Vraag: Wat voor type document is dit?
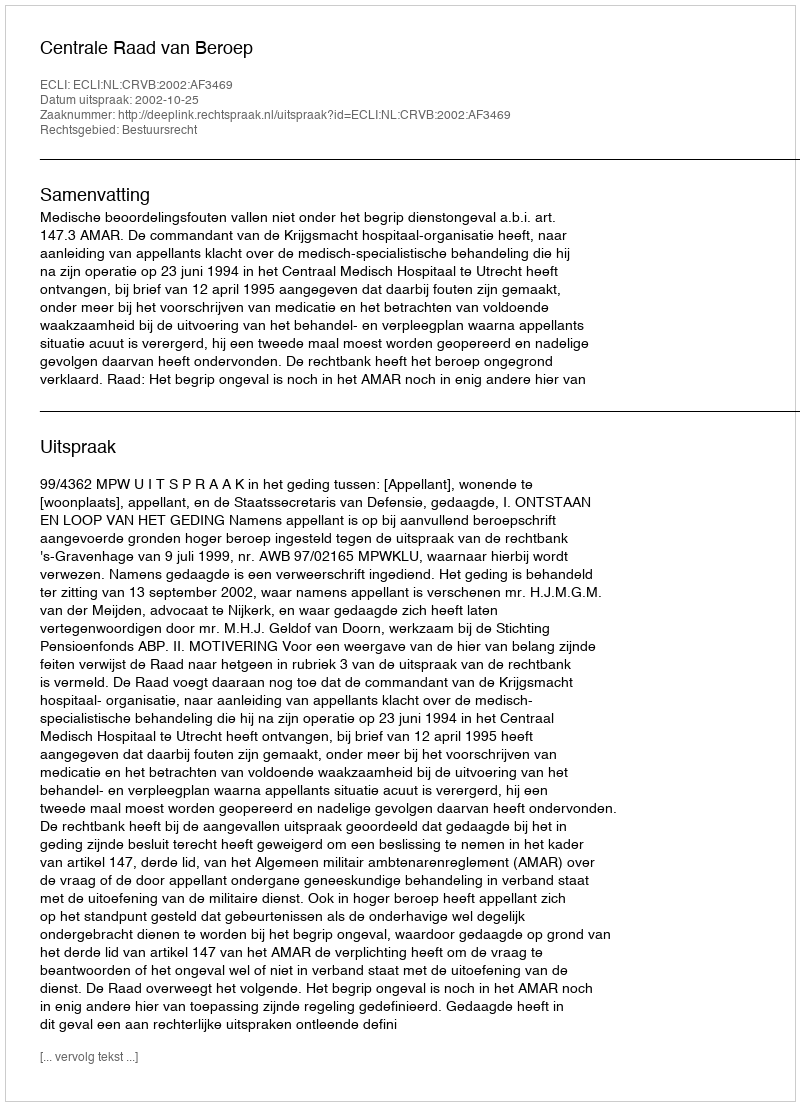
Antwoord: Uitspraak